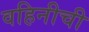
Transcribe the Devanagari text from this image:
वहिनीची